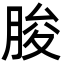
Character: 朘